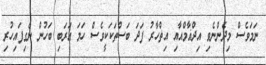
ނަމަވެސް މިދެންނެވި އިދްޣާމްއާއި އިޡްހާރު ފަދަ ބަސްތަކަކީވެސް ހަމަ ޢަރަބި ބަހުން ނެގިފައިހުރި